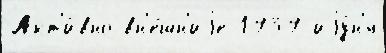
Акт'и́вно вн'е́шн'иjе 1939 иjу́н'я